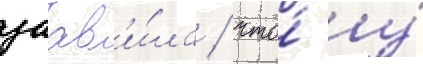
заав'и́ла / что́ у́